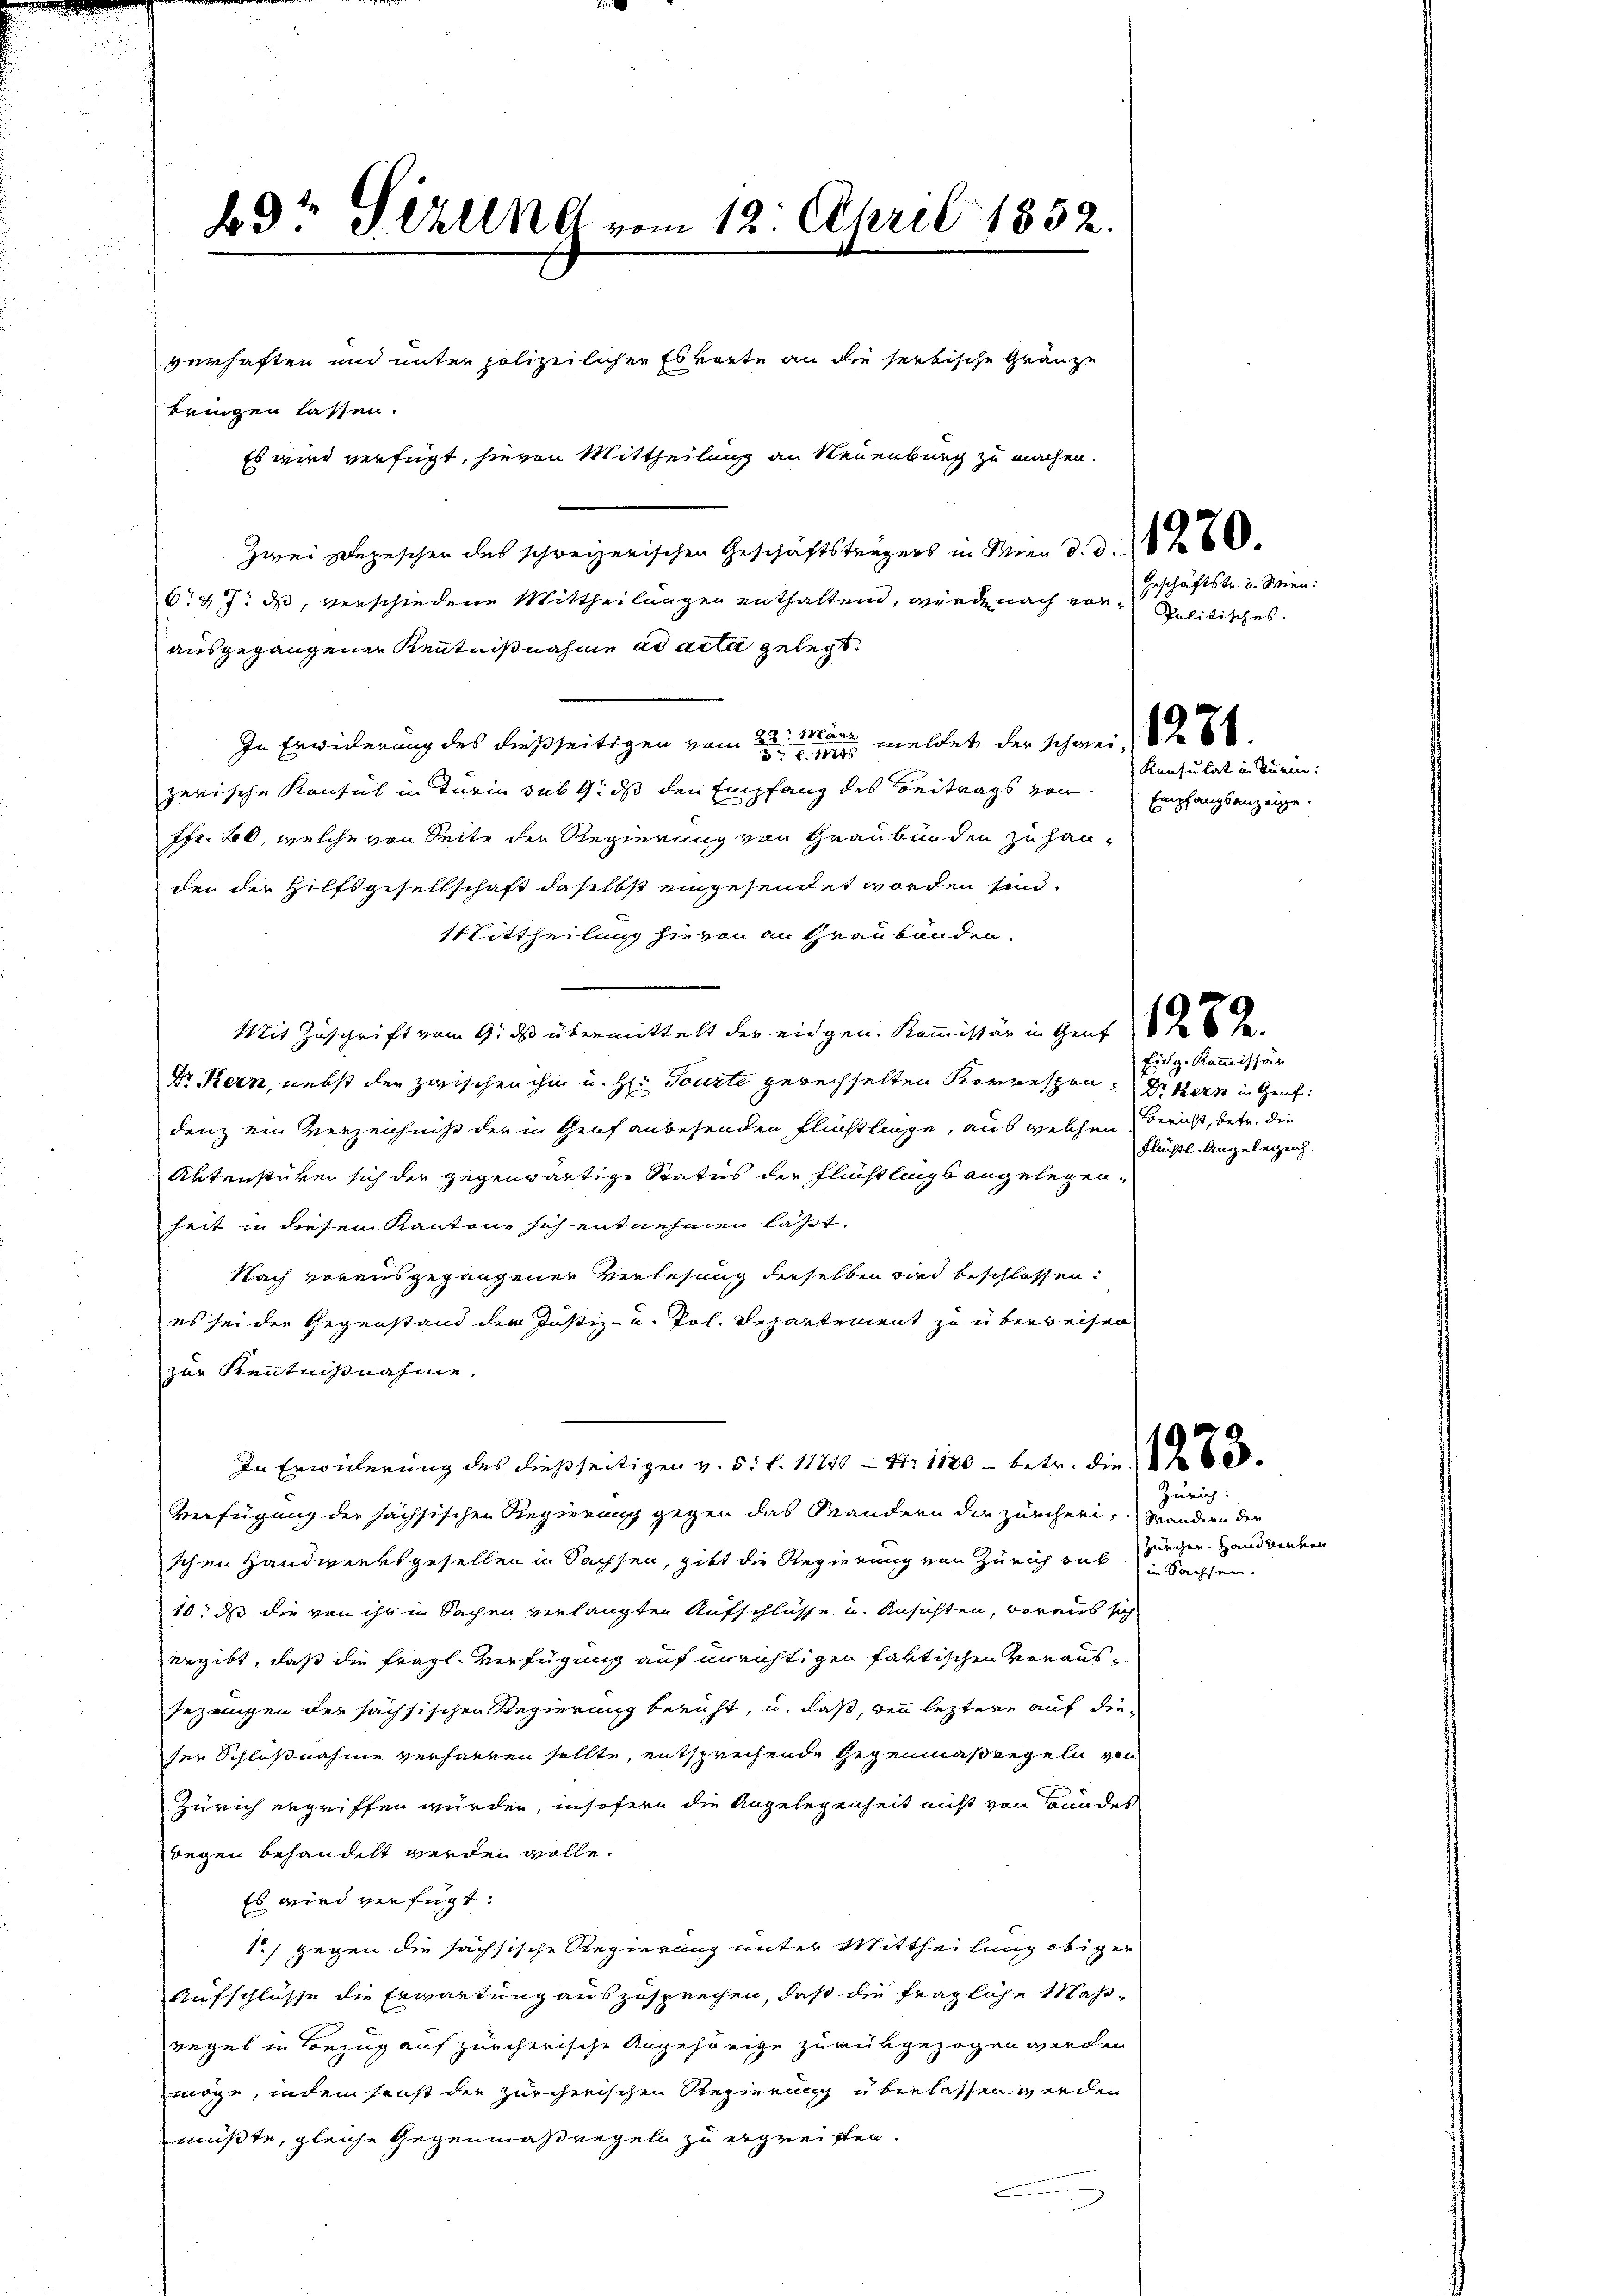
bdr Sizung vom 12. April 1852.
verhaften und unter polizeilichen Eskonte an die seitische Gränze
bringen lassen.
Es wird verfügt, hievon Mittheilung an Neuenburg zu machen.

Zwei Depeschen des schweizerischen Geschäftsträgers in Wien d. d. 1860.
6 47 des, verschiedene Mittheilungen enthalten, wird nach vorausgegangener Kenntnißnahme ad acta gelegt.
In Erwiderung des dießseitigen vom 2ten er meldet, der schweiz
zerische Konsul in Turin sub 9. ds den Empfang des Beitrags von
7fr. 20, welche von Seite der Regierung von Graubünden zu handen der Hilfsgesellschaft daselbst eingesendet worden sin.
11 Tittheilung hievon an Graubünden.
Mit Zuschrift vom 9. des übermittelt der eidgen. Kommissär in Gent de
Dr Kern, nebst der zwischen ihm u. H. Tourte gerechselten Korrespon, Dr Kern in Genf
denz ein Verzeichniß der in Graf anwesenden Flüchtlinge, aus welchen Bericht, betr. die
Aktenstüken sich der gegenwärtige Status der Flüchtlings angelegenheit in diesem Kantone sich entnehmen lasst.
Nach vorausgegangener Verlesung derselben wird beschlossen:
es sei der Gegenstand der Justiz- u. Pol. Repartement zu überweisen
zur Kenntnißnahme.
In Erwiderung des dießseitigen v. 5. d. 11816 - Nr 1180 - betr. die
Verfügung der sächsischen Regierung gegen das Mandern der zürcheri, Wandern der
schen Handwerksgesellen in Sachsen, gibt die Regierung von Zürich sub. Ziegen. Handwerken
10. ds die von ihr in Sachen verlangten Aufschlüsse u. Ansichten, voraus sich
begibt, daß die fragl. Verfügung auf unrichtigen faktischen Voraus¬
Gezeugen der sächsischen Regierung beruht, u. daß, wenn leztere auf die-
ser Schlußnahme verhärten sollte, entsprechende Gegenmaßregeln von
Zürich ergriffen wurden, insofern die Angelegenheit nicht von Bundes
wegen behandelt werden wolle.
Es wird verfügt:
1) gegen die sächsische Regierung unter Mittheilung obiger
Aufschlüsse die Erwartung auszusprechen, daß die fragliche Maßregel in Bezug auf zürcherische Angehörige zurückgezogen werden
möge, indem sonst der zürcherischen Regierung überlassen werden
müßte, gleiche Gegenmaßregeln zu ergreifen.

Geschäftstr. in Wien:
Politisches.

Konsulat in Turm:
Empfangsanzeige

Eidg. Kommissär
Flüchtl. Angelegenh

Zürich:
in Sachsen.